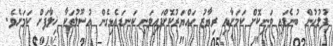
ފުލުހުން ބުނެފައި ވަނިކޮށް ކަމަށާއި ރިޔާޒު ހައްޔަރުކޮށްފައިވަނީ ކަނޑައެޅިގެން އުސޫލުތަކާ ޚިލާފަށް ކަމަށެވެ.